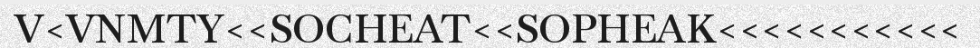
V<VNMTY<<SOCHEAT<<SOPHEAK<<<<<<<<<<<